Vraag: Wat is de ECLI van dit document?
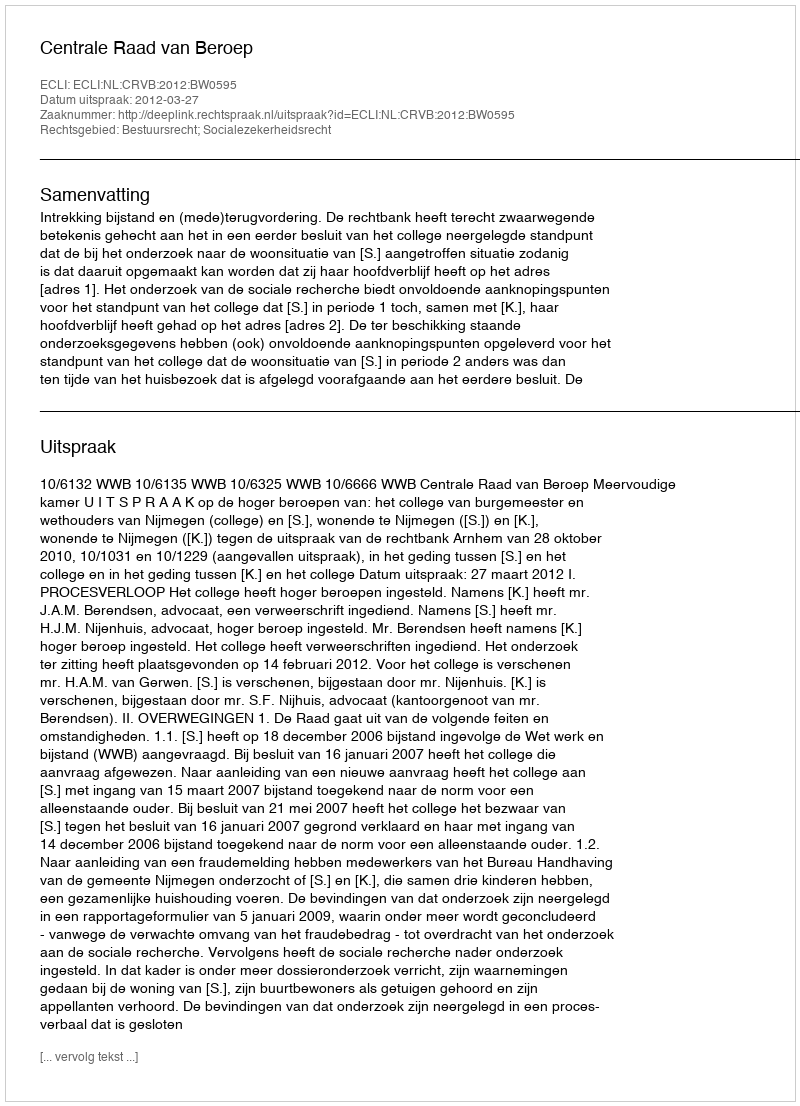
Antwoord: ECLI:NL:CRVB:2012:BW0595